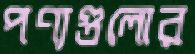
পণ্যগুলোর